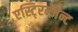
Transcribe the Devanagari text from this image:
एस्टि्रन्जेन्ट